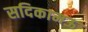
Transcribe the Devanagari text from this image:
सदिकामऊ